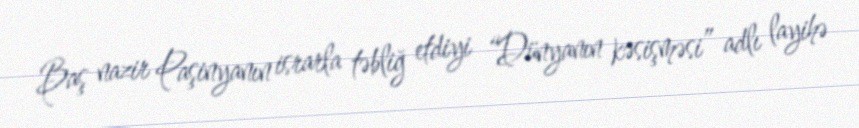
Baş nazir Paşinyanın israrla təbliğ etdiyi “Dünyanın kəsişməsi” adlı layihə